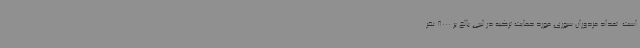
است. تعداد مزدوران سوری مورد حمایت ترکیه در لیبی بالغ بر 8000 نفر